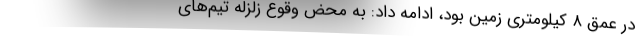
در عمق ۸ کیلومتری زمین بود، ادامه داد: به محض وقوع زلزله تیم‌های